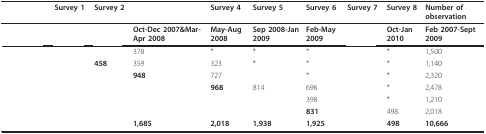
<table><thead><tr><td>[EMPTY_CELL]</td><td><b>Survey 1</b></td><td><b>Survey 2</b></td><td>[EMPTY_CELL]</td><td><b>Survey 4</b></td><td><b>Survey 5</b></td><td><b>Survey 6</b></td><td><b>Survey 7</b></td><td><b>Survey 8</b></td><td><b>Number of observation</b></td></tr></thead><tbody><tr><td>[EMPTY_CELL]</td><td>[EMPTY_CELL]</td><td>[EMPTY_CELL]</td><td><b>Oct-Dec 2007&amp;Mar-Apr 2008</b></td><td><b>May-Aug 2008</b></td><td><b>Sep 2008-Jan 2009</b></td><td><b>Feb-May 2009</b></td><td>[EMPTY_CELL]</td><td><b>Oct-Jan 2010</b></td><td><b>Feb 2007-Sept 2009</b></td></tr><tr><td>[EMPTY_CELL]</td><td>[EMPTY_CELL]</td><td>[EMPTY_CELL]</td><td>378</td><td>*</td><td>*</td><td>*</td><td>[EMPTY_CELL]</td><td>*</td><td>1,500</td></tr><tr><td>[EMPTY_CELL]</td><td>[EMPTY_CELL]</td><td><b>458</b></td><td>359</td><td>323</td><td>*</td><td>*</td><td>[EMPTY_CELL]</td><td>*</td><td>1,140</td></tr><tr><td>[EMPTY_CELL]</td><td>[EMPTY_CELL]</td><td>[EMPTY_CELL]</td><td><b>948</b></td><td>727</td><td>[EMPTY_CELL]</td><td>*</td><td>[EMPTY_CELL]</td><td>*</td><td>2,320</td></tr><tr><td>[EMPTY_CELL]</td><td>[EMPTY_CELL]</td><td>[EMPTY_CELL]</td><td>[EMPTY_CELL]</td><td><b>968</b></td><td>814</td><td>696</td><td>[EMPTY_CELL]</td><td>*</td><td>2,478</td></tr><tr><td>[EMPTY_CELL]</td><td>[EMPTY_CELL]</td><td>[EMPTY_CELL]</td><td>[EMPTY_CELL]</td><td>[EMPTY_CELL]</td><td>[EMPTY_CELL]</td><td>398</td><td>[EMPTY_CELL]</td><td>*</td><td>1,210</td></tr><tr><td>[EMPTY_CELL]</td><td>[EMPTY_CELL]</td><td>[EMPTY_CELL]</td><td>[EMPTY_CELL]</td><td>[EMPTY_CELL]</td><td>[EMPTY_CELL]</td><td><b>831</b></td><td>[EMPTY_CELL]</td><td>498</td><td>2,018</td></tr><tr><td>[EMPTY_CELL]</td><td>[EMPTY_CELL]</td><td>[EMPTY_CELL]</td><td><b>1,685</b></td><td><b>2,018</b></td><td><b>1,938</b></td><td><b>1,925</b></td><td>[EMPTY_CELL]</td><td><b>498</b></td><td><b>10,666</b></td></tr></tbody></table>